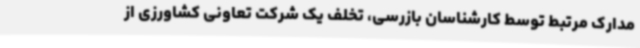
مدارک مرتبط توسط کارشناسان بازرسی، تخلف یک شرکت تعاونی کشاورزی از